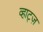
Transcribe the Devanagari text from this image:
व्हाट्ज़